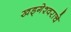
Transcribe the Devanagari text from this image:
खड्गेश्वराचे